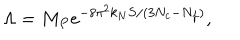
\Lambda = M _ { P } e ^ { - 8 \pi ^ { 2 } k _ { N } S / ( 3 N _ { c } - N _ { f } ) } ,